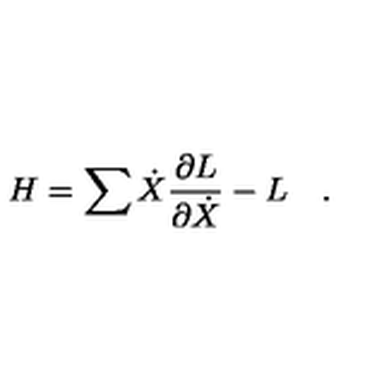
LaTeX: H = \sum \dot { X } \frac { \partial L } { \partial \dot { X } } - L \quad .